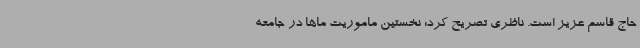
حاج قاسم عزیز است. ناظری تصریح کرد: نخستین ماموریت ماها در جامعه